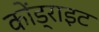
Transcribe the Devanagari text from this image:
कोंड्राइट